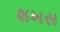
શખસ